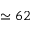
\simeq 6 2